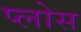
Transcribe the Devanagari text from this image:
प्लोस